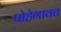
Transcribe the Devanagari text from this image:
पोहेगावत